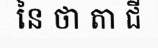
នៃ ថា តា ជី